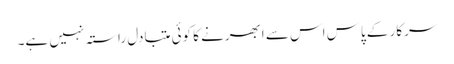
سرکار کے پاس اس سے ابھرنے کا کوئی متبادل راستہ نہیں ہے۔